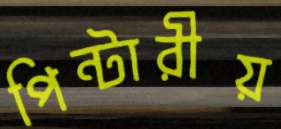
পিন্টারীয়